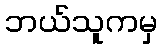
ဘယ်သူကမှ